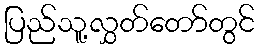
ပြည်သူ့လွှတ်တော်တွင်